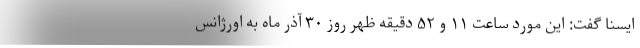
ایسنا گفت: این مورد ساعت ۱۱ و ۵۲ دقیقه ظهر روز ۳۰ آذر ماه به اورژانس